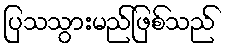
ပြသသွားမည်ဖြစ်သည်